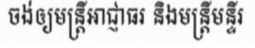
ចង់ឲ្យមន្ត្រីអាជ្ញាធរ និងមន្ត្រីមន្ទីរ